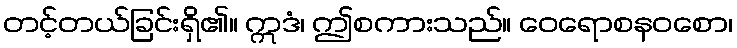
တင့်တယ်ခြင်းရှိ၏။ ဣဒံ၊ ဤစကားသည်။ ဝေရောစနဝစော၊